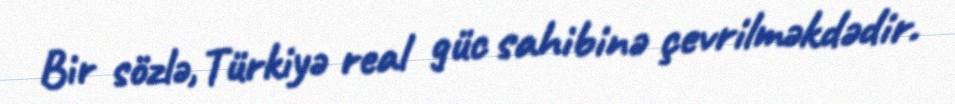
Bir sözlə, Türkiyə real güc sahibinə çevrilməkdədir.